Annual administration report of the Civil Veterinary Department of India - 1908-1909
Year: 1908
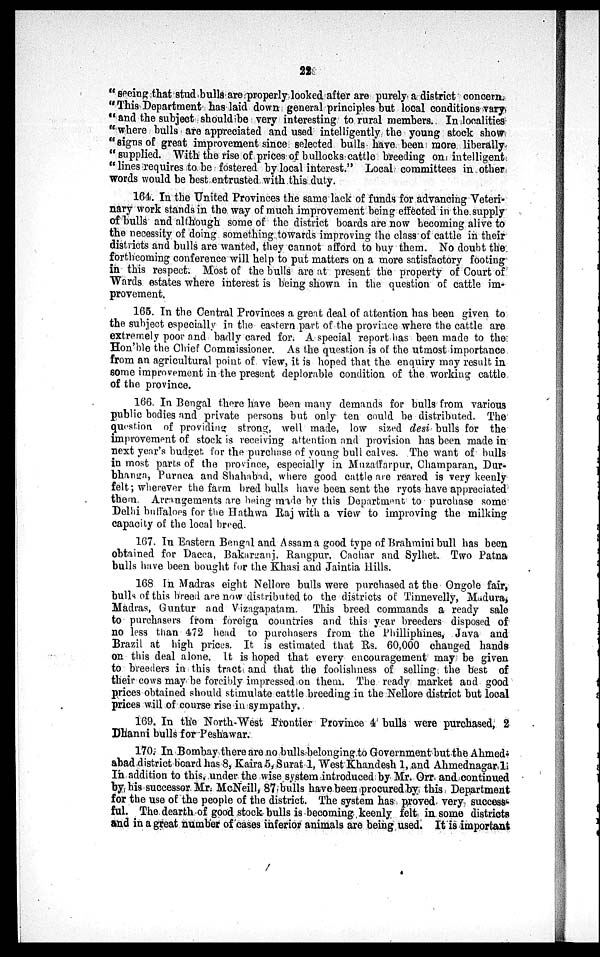
22
"seeing that stud bulls are properly looked after are purely a district concern.
"This Department has laid down general principles but local conditions vary
"and the subject should be very interesting to rural members. Inilocalities.
"where bulls are appreciated and used intelligently the young stock show
"signs of great improvement since selected bulls have been more liberally
"supplied. With the rise of prices of bullocks cattle breeding on intelligent
"lines requires to be fostered by local interest." Local committees in other
words would be best entrusted with this: duty.
164. In the United Provinces the same lack of funds for advancing Veteri-
nary work stands in the way of much improvement being effected in the supply
of bulls and although some of the district boards are now becoming alive to
the necessity of doing something towards improving the class of cattle in their
districts and bulls are wanted, they cannot afford to buy them. No doubt the
forthcoming conference will help to put matters on a more satisfactory footing
in this respect. Most of the bulls are at present the property of Court of
Wards estates where interest is being shown in the question of cattle im-
provement.
165. In the Central Provinces a great deal of attention has been given to
the subject especially in the eastern part of the province where the cattle are
extremely poor and badly cared for. A special report has been made to the
Hon'ble the Chief Commissioner. As the question is of the utmost importance
from an agricultural point of view, it is hoped that the. enquiry may result in
some improvement in the present deplorable condition of the working cattle
of the province.
166. In Bengal there have been many demands for bulls from various
public bodies and private persons but only ten could be distributed. The
question of providing strong, well made, low sized desi bulls for the
improvement of stock is receiving attention and provision has been made in
next year's budget for the purchase of young bull calves. The want of bulls
in most parts of the province, especially in Muzaffarpur, Champaran, Dur-
bhanga, Purnea and Shahabad, where good cattle are reared is very keenly
felt; wherever the farm bred bulls have been sent the ryots have appreciated
them. Arrangements are being made by this Department to purchase some
Delhi buffaloes for the Hathwa Raj with a view to improving the milking
capacity of the local breed.
167. In Eastern Bengal and Assam a good type of Brahmini bull has been
obtained for Dacca, Bakarganj. Rangpur, Cachar and Sylhet. Two Patna
bulls have been bought for the Khasi and Jaintia Hills.
168 In Madras eight Nellore bulls were purchased at the Ongole fair,
bulls of this breed are now distributed to the districts of Tinnevelly, Madura,
Madras, Guntur and Vizagapatam. This breed commands a ready sale
to purchasers from foreign countries and this year breeders disposed of
no less than 472 head to purchasers from the Philliphines, Java and
Brazil at high prices. It is estimated that Rs. 60,000 changed hands
on this deal alone. It is hoped that every encouragement may be given
to breeders in this tract and that the foolishness of selling the best of
their cows may be forcibly impressed on them. The ready market and good
prices obtained should stimulate cattle breeding in the Nellore district but local
prices will of course rise in sympathy.
169. In the North-West Frontier Province 4 bulls were purchased, 2
Dhanni bulls for Peshawar.
170. In Bombay there are no bulls belonging to Government but the Ahmed-
abad district board has 8, Kaira 5, Surat 1, West Khandesh 1, and Ahmednagar 1.
In addition to this, under the wise system introduced by Mr. Orr and continued
by his successor Mr. McNeill, 87 bulls have been procured by this Department
for the use of the people of the district. The system has proved very success-
ful. The dearth of good stock bulls is becoming keenly felt in some districts
and in a great number of cases inferior animals are being used. It is important